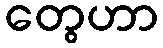
တွေဟာ